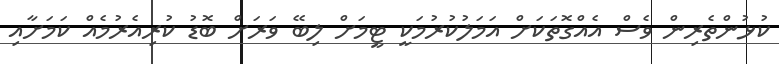
ކުޅުންތެރިން ވެސް އެއްގޮތަކަށް އަމަލުކުރުމަކީ ޓީމަށް ލިބޭ ވަރަށް ބޮޑު ކުރިއެރުމެއް ކަމަށާއި